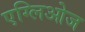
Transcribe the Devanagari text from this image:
एग्लिओज